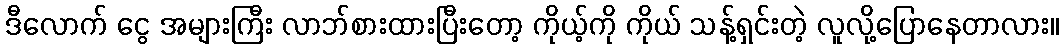
ဒီလောက် ငွေ အများကြီး လာဘ်စားထားပြီးတော့ ကိုယ့်ကို ကိုယ် သန့်ရှင်းတဲ့ လူလို့ပြောနေတာလား။